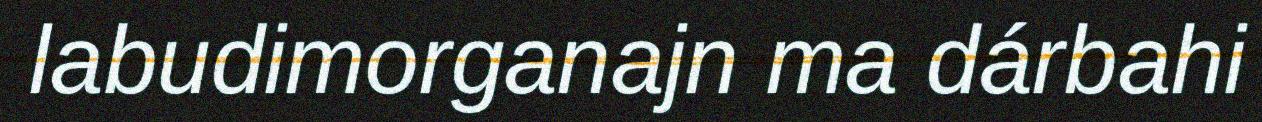
labudimorganajn ma dárbahi